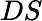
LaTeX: DS